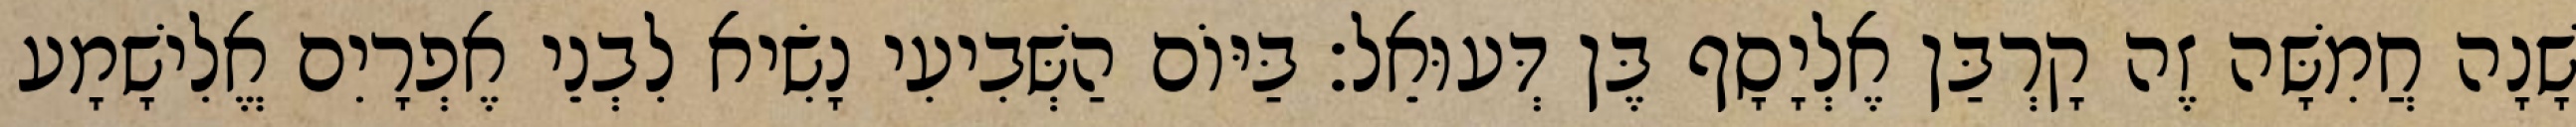
שָׁנָה חֲמִשָּׁה זֶה קָרְבַּן אֶלְיָסָף בֶּן דְּעוּאֵל׃ בַּיּוֹם הַשְּׁבִיעִי נָשִׂיא לִבְנֵי אֶפְרָיִם אֱלִישָׁמָע